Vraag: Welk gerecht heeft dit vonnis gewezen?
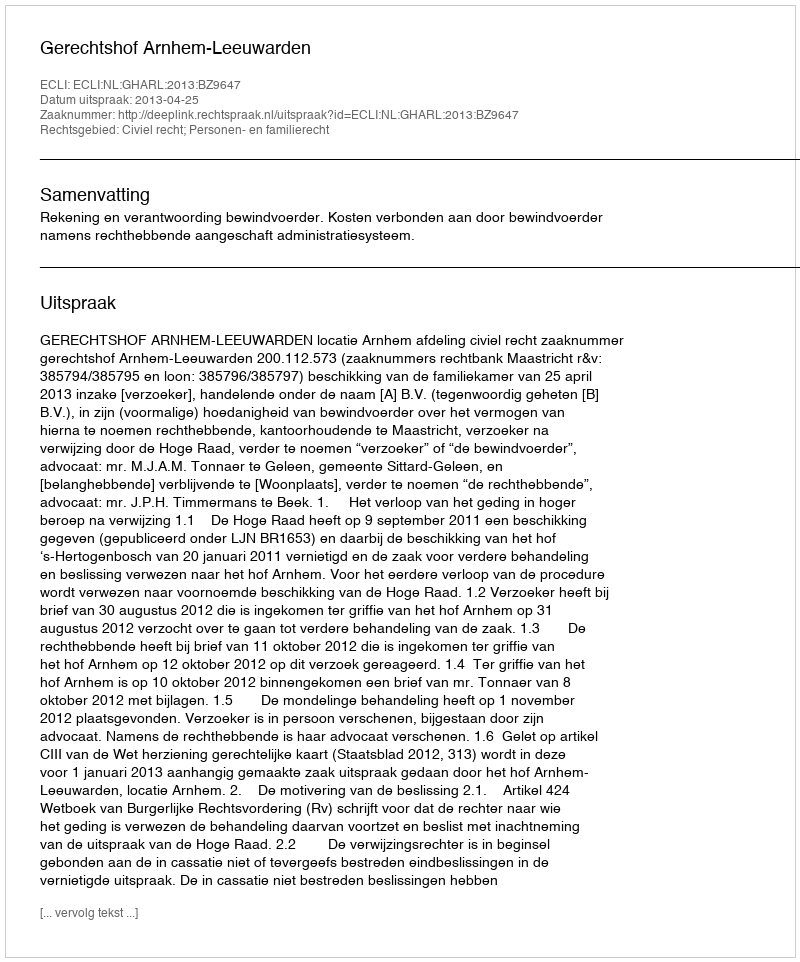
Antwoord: Gerechtshof Arnhem-Leeuwarden